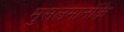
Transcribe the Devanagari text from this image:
मुसलमानोंके